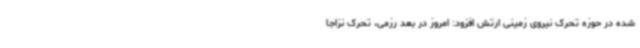
شده در حوزه تحرک نیروی زمینی ارتش افزود: امروز در بعد رزمی، تحرک نزاجا